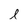
Character: l